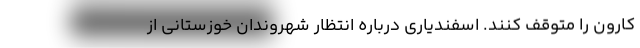
کارون را متوقف کنند. اسفندیاری درباره انتظار شهروندان خوزستانی از